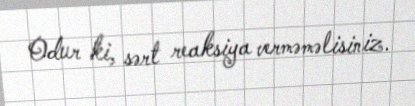
Odur ki, sərt reaksiya verməməlisiniz.